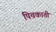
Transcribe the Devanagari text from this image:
पिचकाती